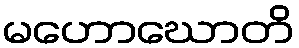
မဟောဃောတိ